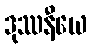
ဒုဿနီယေ